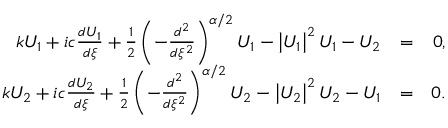
\begin{array} { r l r } { k U _ { 1 } + i c \frac { d U _ { 1 } } { d \xi } + \frac { 1 } { 2 } \left( - \frac { d ^ { 2 } } { d \xi ^ { 2 } } \right) ^ { \alpha / 2 } U _ { 1 } - \left\vert U _ { 1 } \right\vert ^ { 2 } U _ { 1 } - U _ { 2 } } & { = } & { 0 , } \\ { k U _ { 2 } + i c \frac { d U _ { 2 } } { d \xi } + \frac { 1 } { 2 } \left( - \frac { d ^ { 2 } } { d \xi ^ { 2 } } \right) ^ { \alpha / 2 } U _ { 2 } - \left\vert U _ { 2 } \right\vert ^ { 2 } U _ { 2 } - U _ { 1 } } & { = } & { 0 . } \end{array}